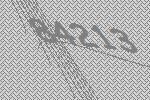
84213